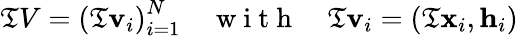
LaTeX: \mathfrak{T}V=\left(\mathfrak{T}\mathbf{{v}}_{i}\right)_{i=1}^{N}\quad\mathrm{{~w~i~t~h~}}\quad\mathfrak{T}\mathbf{{v}}_{i}=(\mathfrak{T}\mathbf{{x}}_{i},\mathbf{{h}}_{i})